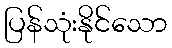
ပြန်သုံးနိုင်သော